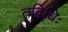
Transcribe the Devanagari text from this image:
तद्विधिः